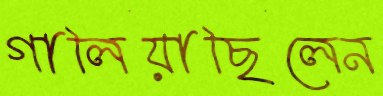
গালিয়াছিলেন